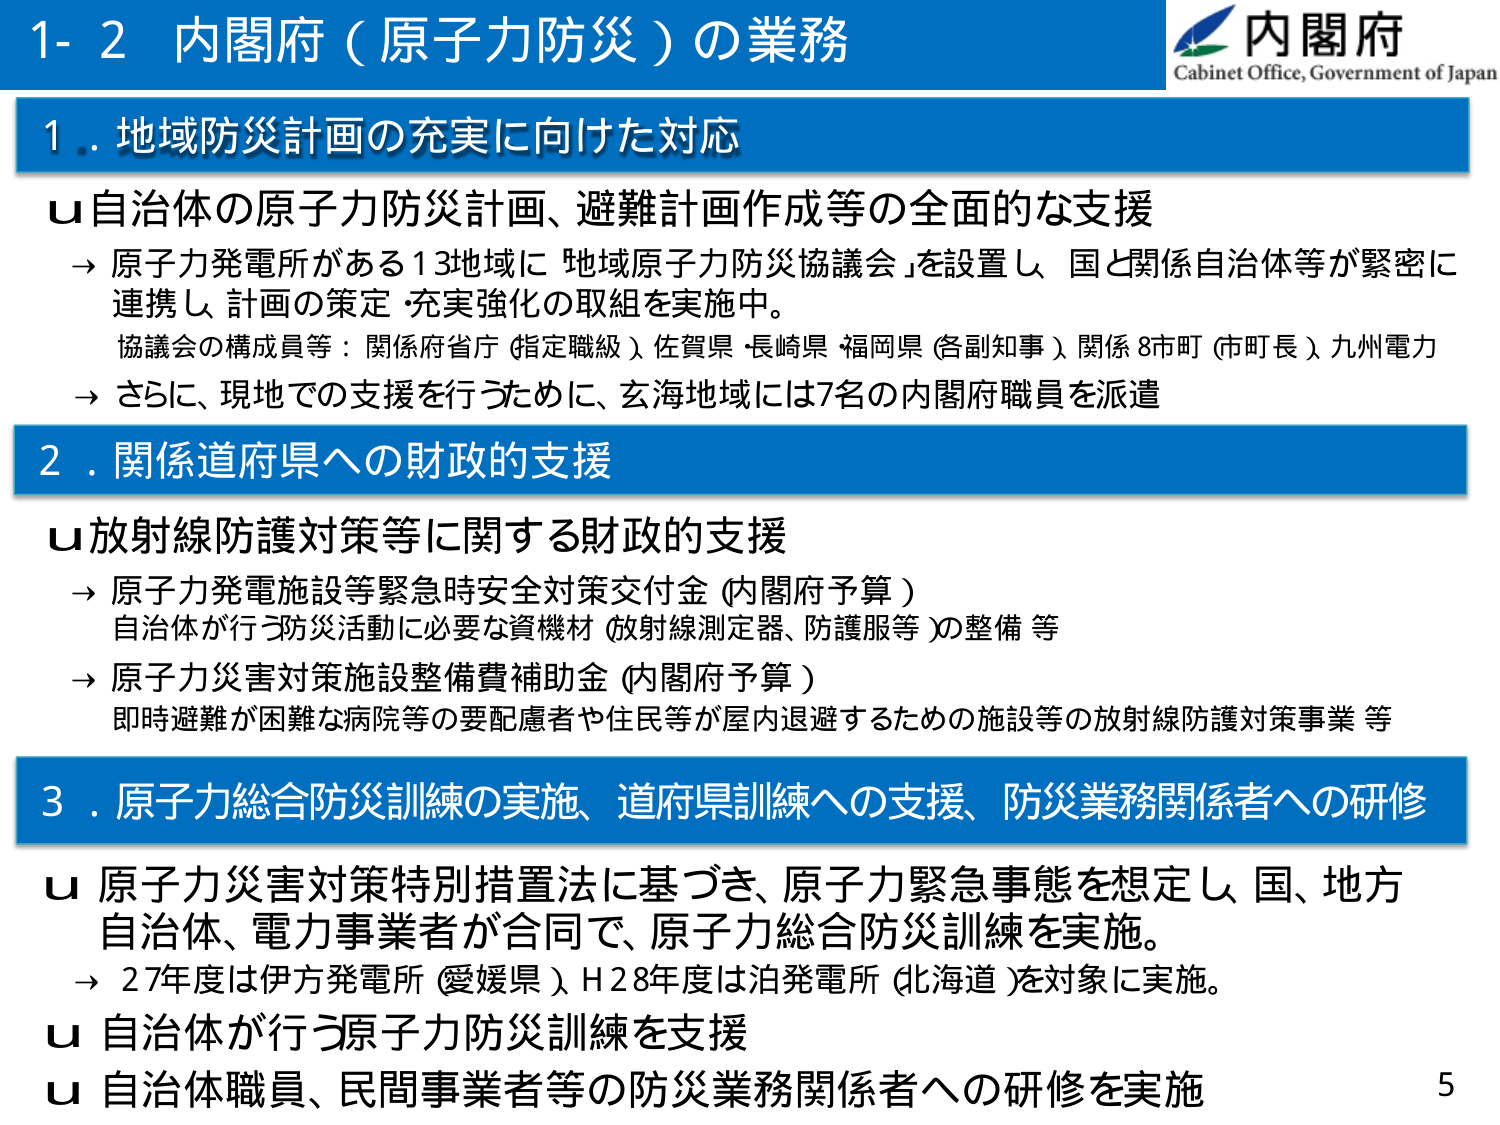
1-2 内閣府（原子力防災）の業務

内閣府
Cabinet Office, Government of Japan

1．地域防災計画の充実に向けた対応
u 自治体の原子力防災計画、避難計画作成等の全面的な支援
→ 原子力発電所がある13地域に「地域原子力防災協議会」を設置し、国と関係自治体等が緊密に連携し、計画の策定・充実強化の取組を実施中。
協議会の構成員等：関係府省庁（指定職級）、佐賀県・長崎県・福岡県（各副知事）、関係8市町（市町長）、九州電力
→ さらに、現地での支援を行うために、玄海地域には7名の内閣府職員を派遣

2．関係道府県への財政的支援
u 放射線防護対策等に関する財政的支援
→ 原子力発電施設等緊急時安全対策交付金（内閣府予算）
自治体が行う防災活動に必要な資機材（放射線測定器、防護服等）の整備等
→ 原子力災害対策施設整備費補助金（内閣府予算）
即時避難が困難な病院等の要配慮者や住民等が屋内退避するための施設等の放射線防護対策事業等

3．原子力総合防災訓練の実施、道府県訓練への支援、防災業務関係者への研修
u 原子力災害対策特別措置法に基づき、原子力緊急事態を想定し、国、地方自治体、電力事業者が合同で、原子力総合防災訓練を実施。
→ 27年度は伊方発電所（愛媛県）、H28年度は泊発電所（北海道）を対象に実施。
u 自治体が行う原子力防災訓練を支援
u 自治体職員、民間事業者等の防災業務関係者への研修を実施

5